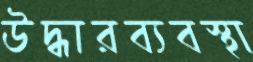
উদ্ধারব্যবস্থা